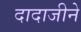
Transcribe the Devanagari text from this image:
दादाजीने